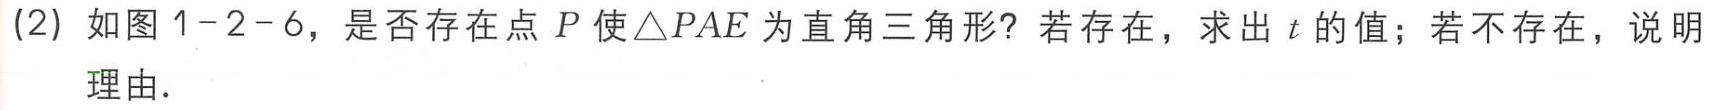
(2) 如图1-2-6，是否存在点 \(P\) 使\(\triangle PAE\)为直角三角形？若存在，求出 \(t\) 的值；若不存在，说明理由.